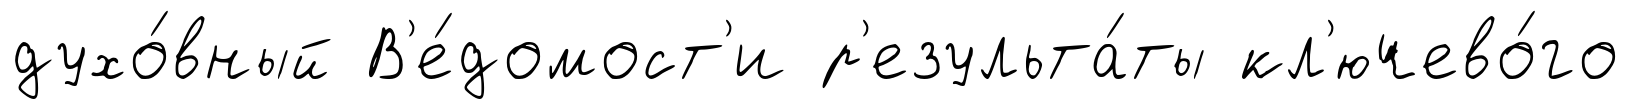
духо́вный В'е́домост'и р'езульта́ты кл'ючево́го